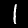
Label: 1